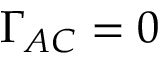
\Gamma _ { A C } = 0